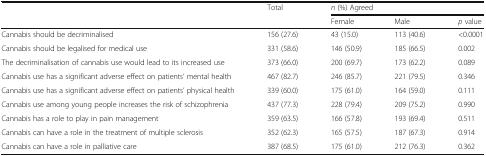
<table><thead><tr><td rowspan="2"></td><td rowspan="2"><b>Total</b></td><td colspan="3"><b><i>n</i> (%) Agreed</b></td></tr><tr><td><b>Female</b></td><td><b>Male</b></td><td><b><i>p</i> value</b></td></tr></thead><tbody><tr><td>Cannabis should be decriminalised</td><td>156 (27.6)</td><td>43 (15.0)</td><td>113 (40.6)</td><td>&lt;0.0001</td></tr><tr><td>Cannabis should be legalised for medical use</td><td>331 (58.6)</td><td>146 (50.9)</td><td>185 (66.5)</td><td>0.002</td></tr><tr><td>The decriminalisation of cannabis use would lead to its increased use</td><td>373 (66.0)</td><td>200 (69.7)</td><td>173 (62.2)</td><td>0.089</td></tr><tr><td>Cannabis use has a significant adverse effect on patients’ mental health</td><td>467 (82.7)</td><td>246 (85.7)</td><td>221 (79.5)</td><td>0.346</td></tr><tr><td>Cannabis use has a significant adverse effect on patients’ physical health</td><td>339 (60.0)</td><td>175 (61.0)</td><td>164 (59.0)</td><td>0.111</td></tr><tr><td>Cannabis use among young people increases the risk of schizophrenia</td><td>437 (77.3)</td><td>228 (79.4)</td><td>209 (75.2)</td><td>0.990</td></tr><tr><td>Cannabis has a role to play in pain management</td><td>359 (63.5)</td><td>166 (57.8)</td><td>193 (69.4)</td><td>0.511</td></tr><tr><td>Cannabis can have a role in the treatment of multiple sclerosis</td><td>352 (62.3)</td><td>165 (57.5)</td><td>187 (67.3)</td><td>0.914</td></tr><tr><td>Cannabis can have a role in palliative care</td><td>387 (68.5)</td><td>175 (61.0)</td><td>212 (76.3)</td><td>0.362</td></tr></tbody></table>